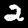
Digit: 2